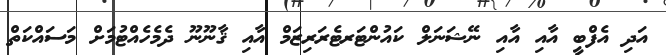
އަދި އެފްބީ އާއި އާއި ނޭޝަނަލް ކައުންޓަރޓެރަރިޒަމް އާއި ޤާނޫނޫ ދެމެހެއްޓުމަށް މަސައްކަތް